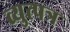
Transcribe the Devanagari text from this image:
व्युत्पत्र